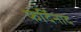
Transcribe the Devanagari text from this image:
फर्दिनाद